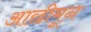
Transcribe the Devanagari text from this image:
आछीमून